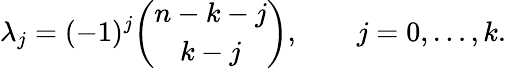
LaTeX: \lambda_{j}=(-1)^{j}{\binom{n-k-j}{k-j}},\qquad j=0,\ldots,k.